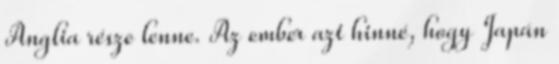
Anglia része lenne. Az ember azt hinné, hogy Japán